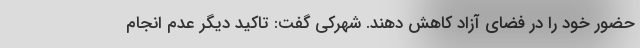
حضور خود را در فضای آزاد کاهش دهند. شهرکی گفت: تاکید دیگر عدم انجام